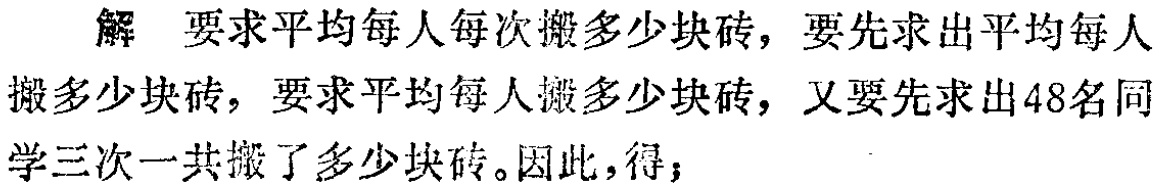
解 要求平均每人每次搬多少块砖，要先求出平均每人搬多少块砖，要求平均每人搬多少块砖，又要先求出48名同学三次一共搬了多少块砖。因此，得；